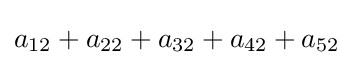
a_{12}+a_{22}+a_{32}+a_{42}+a_{52}